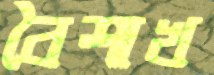
বৈশাখ